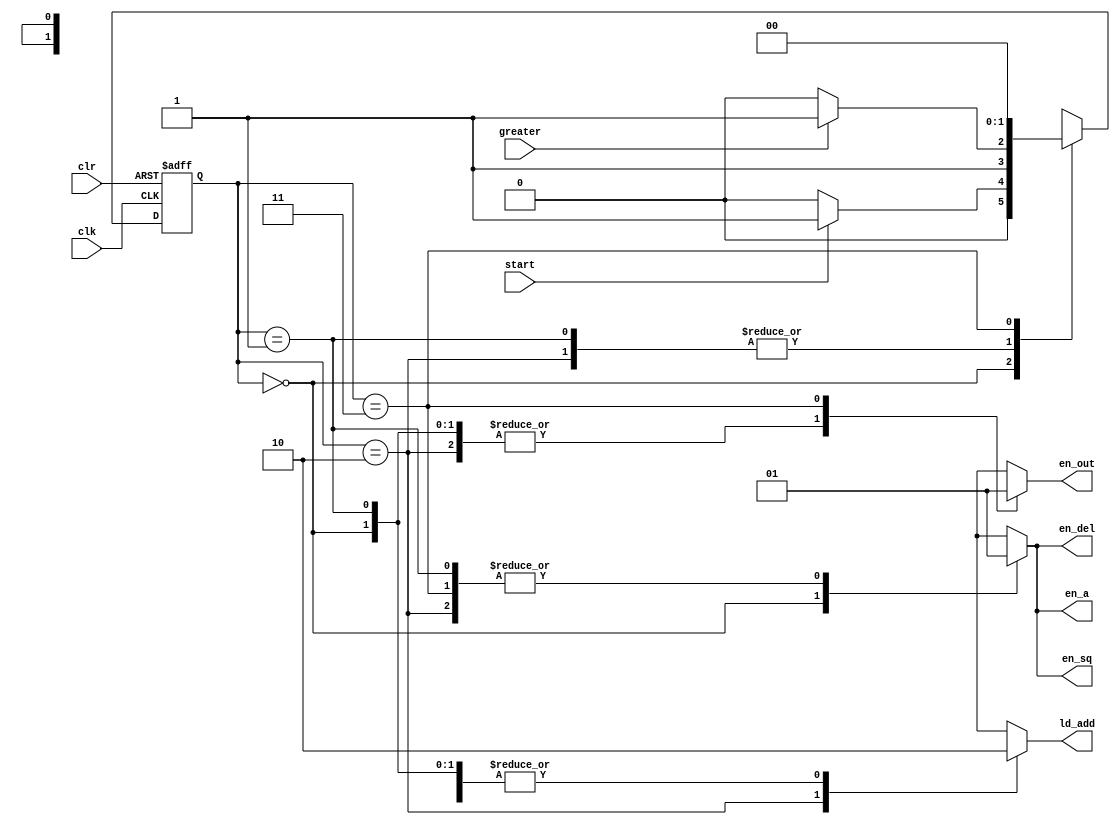
`timescale 1ns / 1ps

module Controller(
    input wire clk, clr, start,                         // external timing inputs
               greater,                             // internal inputx from data path
    output reg en_a, en_del, en_sq, en_out, ld_add      // outgoing enable signals to data path
//    ,output reg [1:0] pres, next
);
    
    // State variables and values
    reg [1:0] pres, next;
    parameter idle = 2'b00, load = 2'b01, add = 2'b10, done = 2'b11;
    
    // State registers update block
    always @(negedge clk or posedge clr) begin
        if (clr)
            pres <= idle;
        else
            pres <= next;
    end
    
    // Next State combinational logic -- implementing state diagram
    always @(*) begin
        case (pres)
            idle:   next <= start ? load : idle;
            load:   next <= greater ? done : add;
            add:    next <= greater ? done : add;
            done:   next <= idle;
        endcase
    end
    
    // Output combinational logic -- using Moore machine state diagram
    always @(*) begin
        en_a = 0; en_del = 0; en_sq = 0; en_out = 0; ld_add = 0;
        case (pres)
            idle:   ;
            load:   begin
                        en_a = 1;
                        en_del = 1;
                        en_sq = 1;
                    end
            add:    begin
                        en_a = 1;
                        en_del = 1;
                        en_sq = 1;
                        ld_add = 1;
                    end
            done:   begin
                        en_a = 1;
                        en_del = 1;
                        en_sq = 1;
                        en_out = 1;
                    end
        endcase
    end
    
endmodule